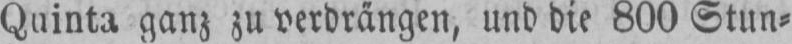
Quinta ganz zu verdrängen, und die 800 Stun⸗